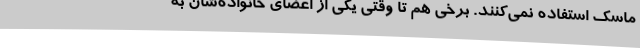
ماسک استفاده نمی‌کنند. برخی هم تا وقتی یکی از اعضای خانواده‌شان به